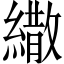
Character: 繖